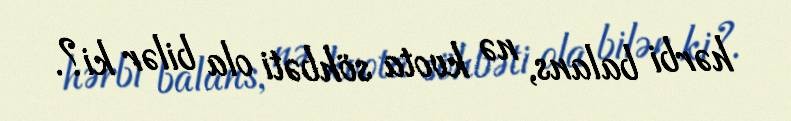
hərbi balans, nə kvota söhbəti ola bilər ki?.